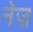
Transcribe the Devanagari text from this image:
नेज़